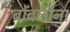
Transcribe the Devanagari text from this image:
बोंबलांना